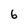
Character: 6